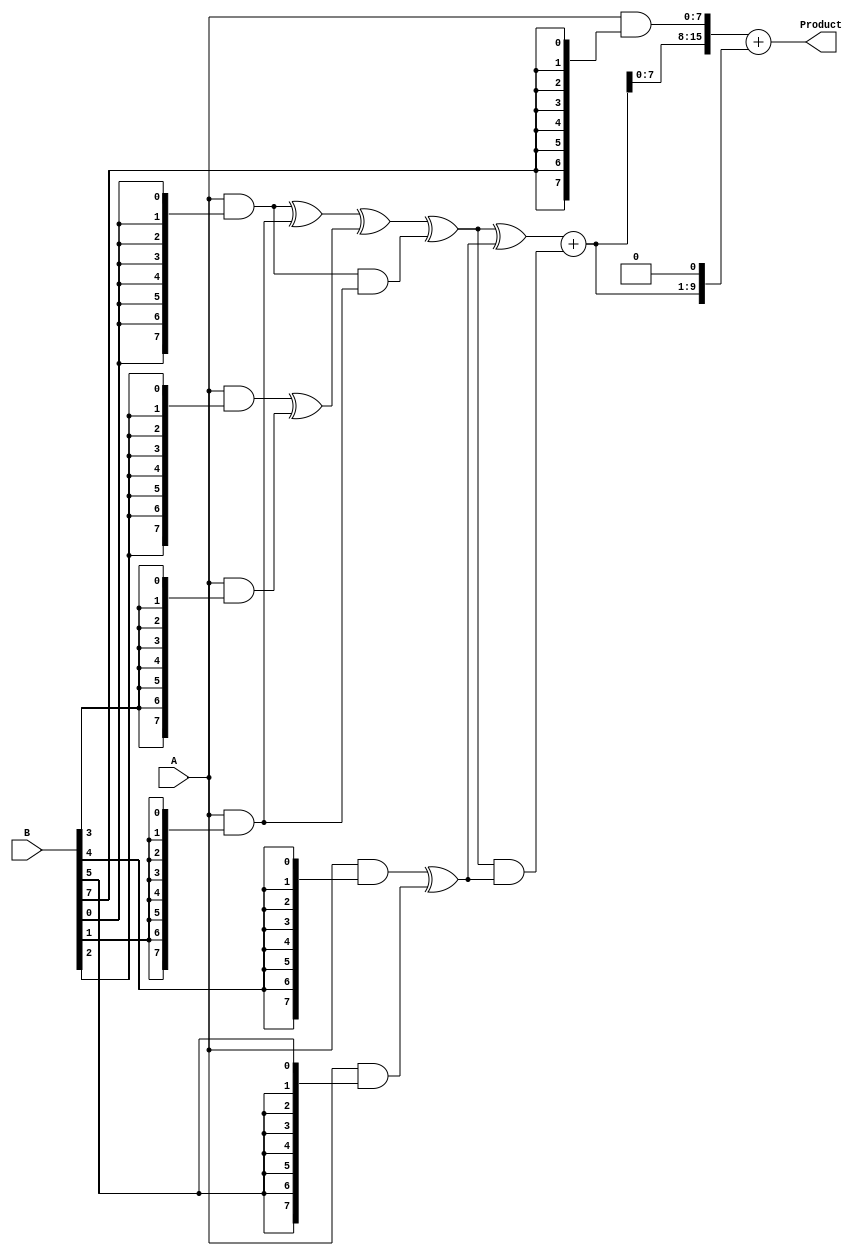
module AdaptiveWallaceTreeMultiplier #(parameter N = 8) (
    input [N-1:0] A,
    input [N-1:0] B,
    output reg [2*N-1:0] Product
);

    // Partial Product Generation
    wire [N-1:0] pp[N-1:0]; // Partial products array

    generate
        genvar i;
        for (i = 0; i < N; i = i + 1) begin : PP_GEN
            assign pp[i] = A & {N{B[i]}}; // Generate partial product: A AND B[i]
        end
    endgenerate

    // Wallace Tree Reduction
    wire [N-1:0] layer1_sum[N/2-1:0];
    wire [N-1:0] layer1_carry[N/2-1:0];
    wire [N-1:0] layer2_sum[N/4-1:0];
    wire [N-1:0] layer2_carry[N/4-1:0];

    // Stage 1 (Reduction Layer 1)
    generate
        genvar j;
        for (j = 0; j < N/2; j = j + 1) begin : STAGE1
            if (j < N/2 - 1) begin
                // Half Adder for the first two pp
                assign layer1_sum[j] = pp[2*j] ^ pp[2*j + 1];
                assign layer1_carry[j] = pp[2*j] & pp[2*j + 1];
            end
            else begin
                assign layer1_sum[j] = pp[2*j]; // Last item, no addition
                assign layer1_carry[j] = 0;      // No carry out
            end
        end
    endgenerate

    // Stage 2 (Reduction Layer 2)
    generate
        for (j = 0; j < N/4; j = j + 1) begin : STAGE2
            if (j < (N/4 - 1)) begin
                // Full Adder for the first three pp
                assign layer2_sum[j] = layer1_sum[2*j] ^ layer1_sum[2*j + 1] ^ layer1_carry[2*j];
                assign layer2_carry[j] = (layer1_sum[2*j] & layer1_sum[2*j + 1]) | 
                                         (layer1_carry[2*j] & (layer1_sum[2*j] ^ layer1_sum[2*j + 1]));
            end
            else begin
                assign layer2_sum[j] = layer1_sum[2*j]; // Last item, no addition
                assign layer2_carry[j] = layer1_carry[2*j]; // Pass carry out
            end
        end
    endgenerate

    // Final Addition of Remaining Rows
    wire [N-1:0] final_sum, final_carry;
    assign final_sum = layer2_sum[0] ^ layer2_sum[1];
    assign final_carry = layer2_sum[0] & layer2_sum[1];

    wire [N:0] final_result = final_sum + final_carry; // Combine sum and carry for final result
    
    always @(*) begin
        // Combine final result with the initial partial product to get final product
        Product = {final_result, pp[N-1]} + {final_result, 1'b0}; // Shift and add
    end

endmodule